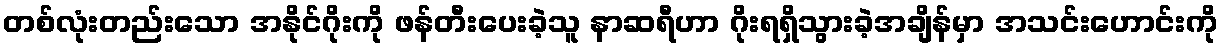
တစ်လုံးတည်းသော အနိုင်ဂိုးကို ဖန်တီးပေးခဲ့သူ နာဆရီဟာ ဂိုးရရှိသွားခဲ့အချိန်မှာ အသင်းဟောင်းကို